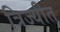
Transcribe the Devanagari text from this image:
त्रिज्यीत